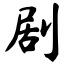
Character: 剧